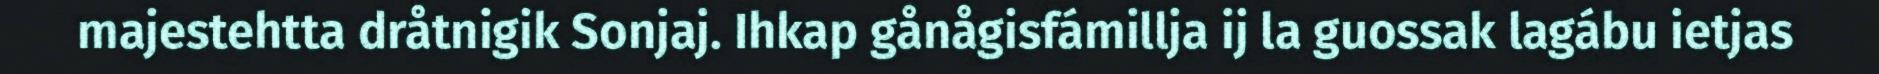
majestehtta dråtnigik Sonjaj. Ihkap gånågisfámillja ij la guossak lagábu ietjas